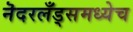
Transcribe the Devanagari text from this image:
नॆदरलँड्समध्येच